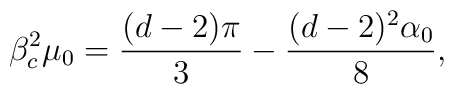
\beta_c^2 \mu_0 = \frac{(d-2)\pi}{3}- \frac{(d-2)^2\alpha_0}{8},